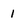
Character: 1